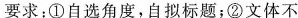
要求：①自选角度，自拟标题；②文体不